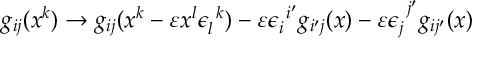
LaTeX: g _ { i j } ( x ^ { k } ) \rightarrow g _ { i j } ( x ^ { k } - \varepsilon x ^ { l } \epsilon _ { l } ^ { ~ k } ) - \varepsilon \epsilon _ { i } ^ { ~ i ^ { \prime } } g _ { i ^ { \prime } j } ( x ) - \varepsilon \epsilon _ { j } ^ { ~ j ^ { \prime } } g _ { i j ^ { \prime } } ( x )